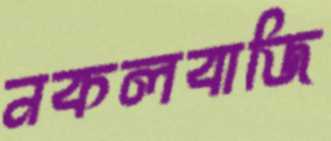
নকলবাজি